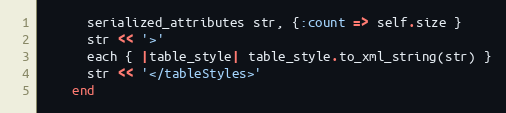
Language: Ruby
      serialized_attributes str, {:count => self.size }
      str << '>'
      each { |table_style| table_style.to_xml_string(str) }
      str << '</tableStyles>'
    end